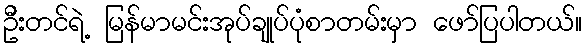
ဦးတင်ရဲ့ မြန်မာမင်းအုပ်ချုပ်ပုံစာတမ်းမှာ ဖော်ပြပါတယ်။